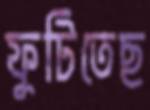
ফুটিতেছ